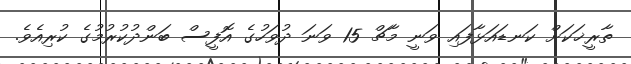
ތާރީޚަކަށް ކަނޑައަޅާފައި ވަނީ މާޗް 15 ވަނަ ދުވަހުގެ އޮފީސް ބަންދުކުރުމުގެ ކުރިއެވެ.